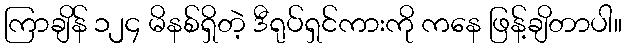
ကြာချိန် ၁၂၄ မိနစ်ရှိတဲ့ ဒီရုပ်ရှင်ကားကို ကနေ ဖြန့်ချိတာပါ။